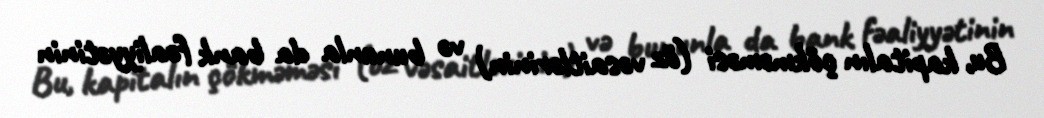
Bu, kapitalın çökməməsi (öz vəsaitlərinin) və bununla da bank fəaliyyətinin